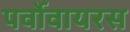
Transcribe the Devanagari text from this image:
पर्वोवायरस